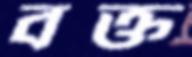
বক্ত